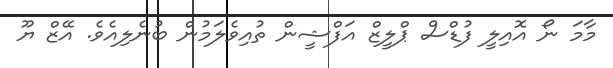
މާމަ ނޯ އޮއިލީ ފުޑްސް ޕްލީޒް އަފްޝީން ތުއިވެލަމުން ބުނެލިއެވެ. އޭޒް ޔޫ